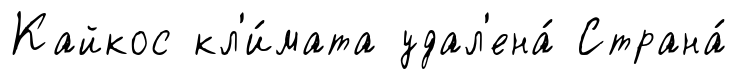
Кайкос кл'и́мата удал'ена́ Страна́